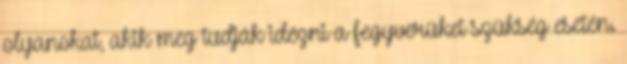
olyanokat, akik meg tudják idézni a fegyverüket szükség esetén.